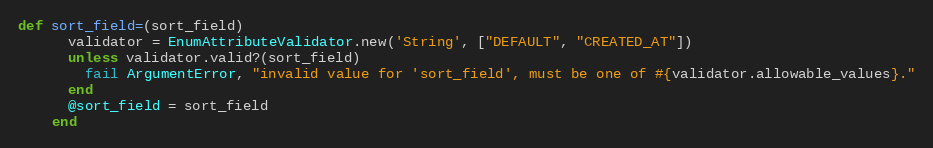
Language: Ruby
def sort_field=(sort_field)
      validator = EnumAttributeValidator.new('String', ["DEFAULT", "CREATED_AT"])
      unless validator.valid?(sort_field)
        fail ArgumentError, "invalid value for 'sort_field', must be one of #{validator.allowable_values}."
      end
      @sort_field = sort_field
    end